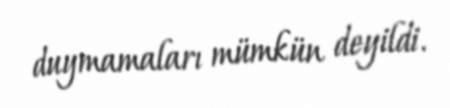
duymamaları mümkün deyildi.